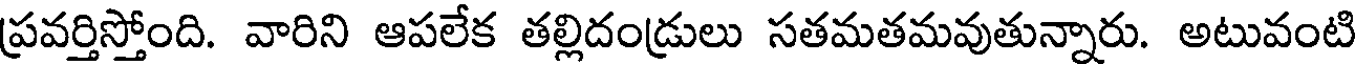
ప్రవర్తిస్తోంది. వారిని ఆపలేక తల్లిదండ్రులు సతమతమవుతున్నారు. అటువంటి